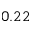
0 . 2 2